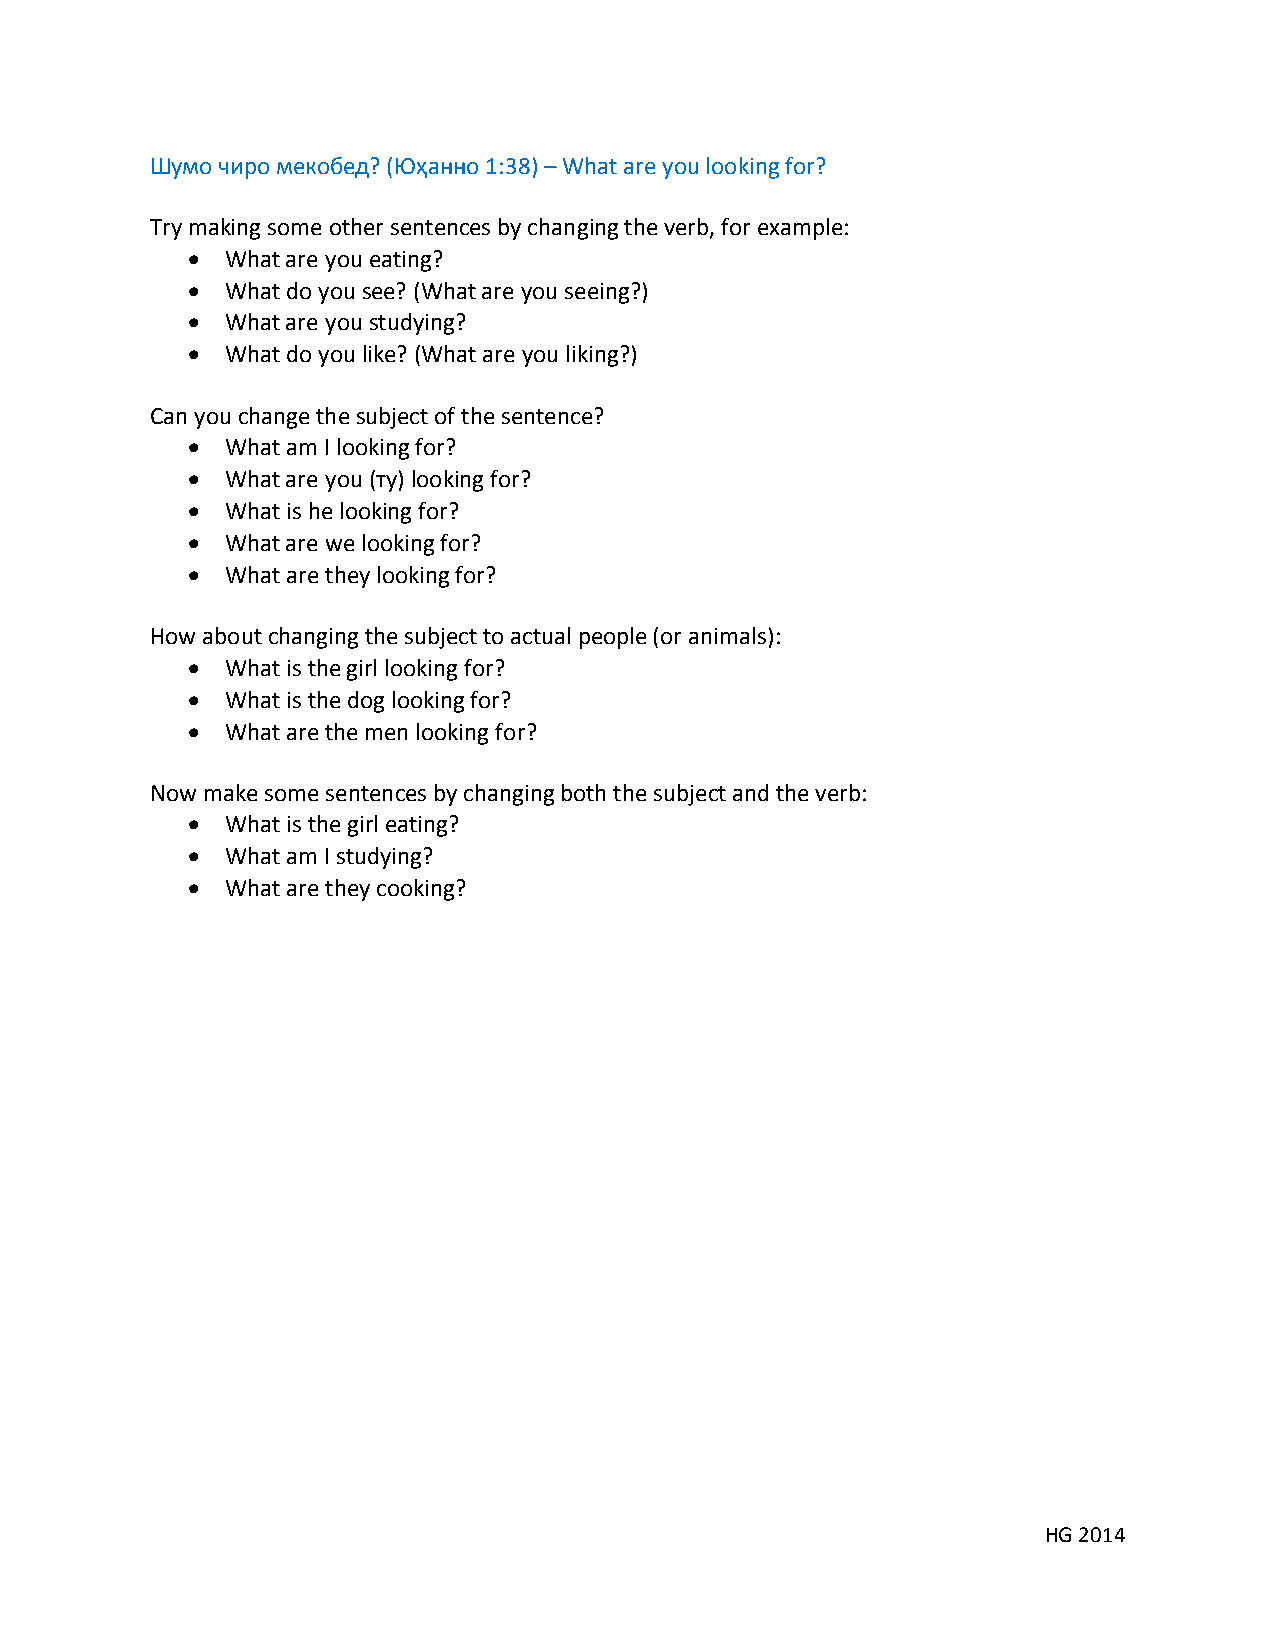
Шумо чиро мекобед? (Юҳанно 1:38) – What are you looking for?
 Try making some other sentences by changing the verb, for example:
   What are you eating?
   What do you see? (What are you seeing?)
   What are you studying?
   What do you like? (What are you liking?)
 Can you change the subject of the sentence?
   What am I looking for?
   What are you (ту) looking for?
   What is he looking for?
   What are we looking for?
   What are they looking for?
 How about changing the subject to actual people (or animals):
   What is the girl looking for?
   What is the dog looking for?
   What are the men looking for?
 Now make some sentences by changing both the subject and the verb:
   What is the girl eating?
   What am I studying?
   What are they cooking?
 HG 2014